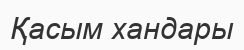
Қасым хандары